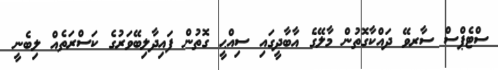
ސްޓެޕްސް ސާރވޭ ދައްކާގޮތުން މާލޭގެ އާބާދީގައި ސިއްޙީ ގޮތުން ފައިދާލިބޭވަރުގެ ކަސްރަތެއް ލިބެނީ